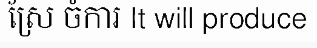
ស្រែ ចំការ It will produce